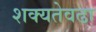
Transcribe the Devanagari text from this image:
शक्यतेवढा